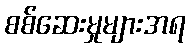
စစ်ဆေးမှုများအရ